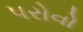
પરોવો